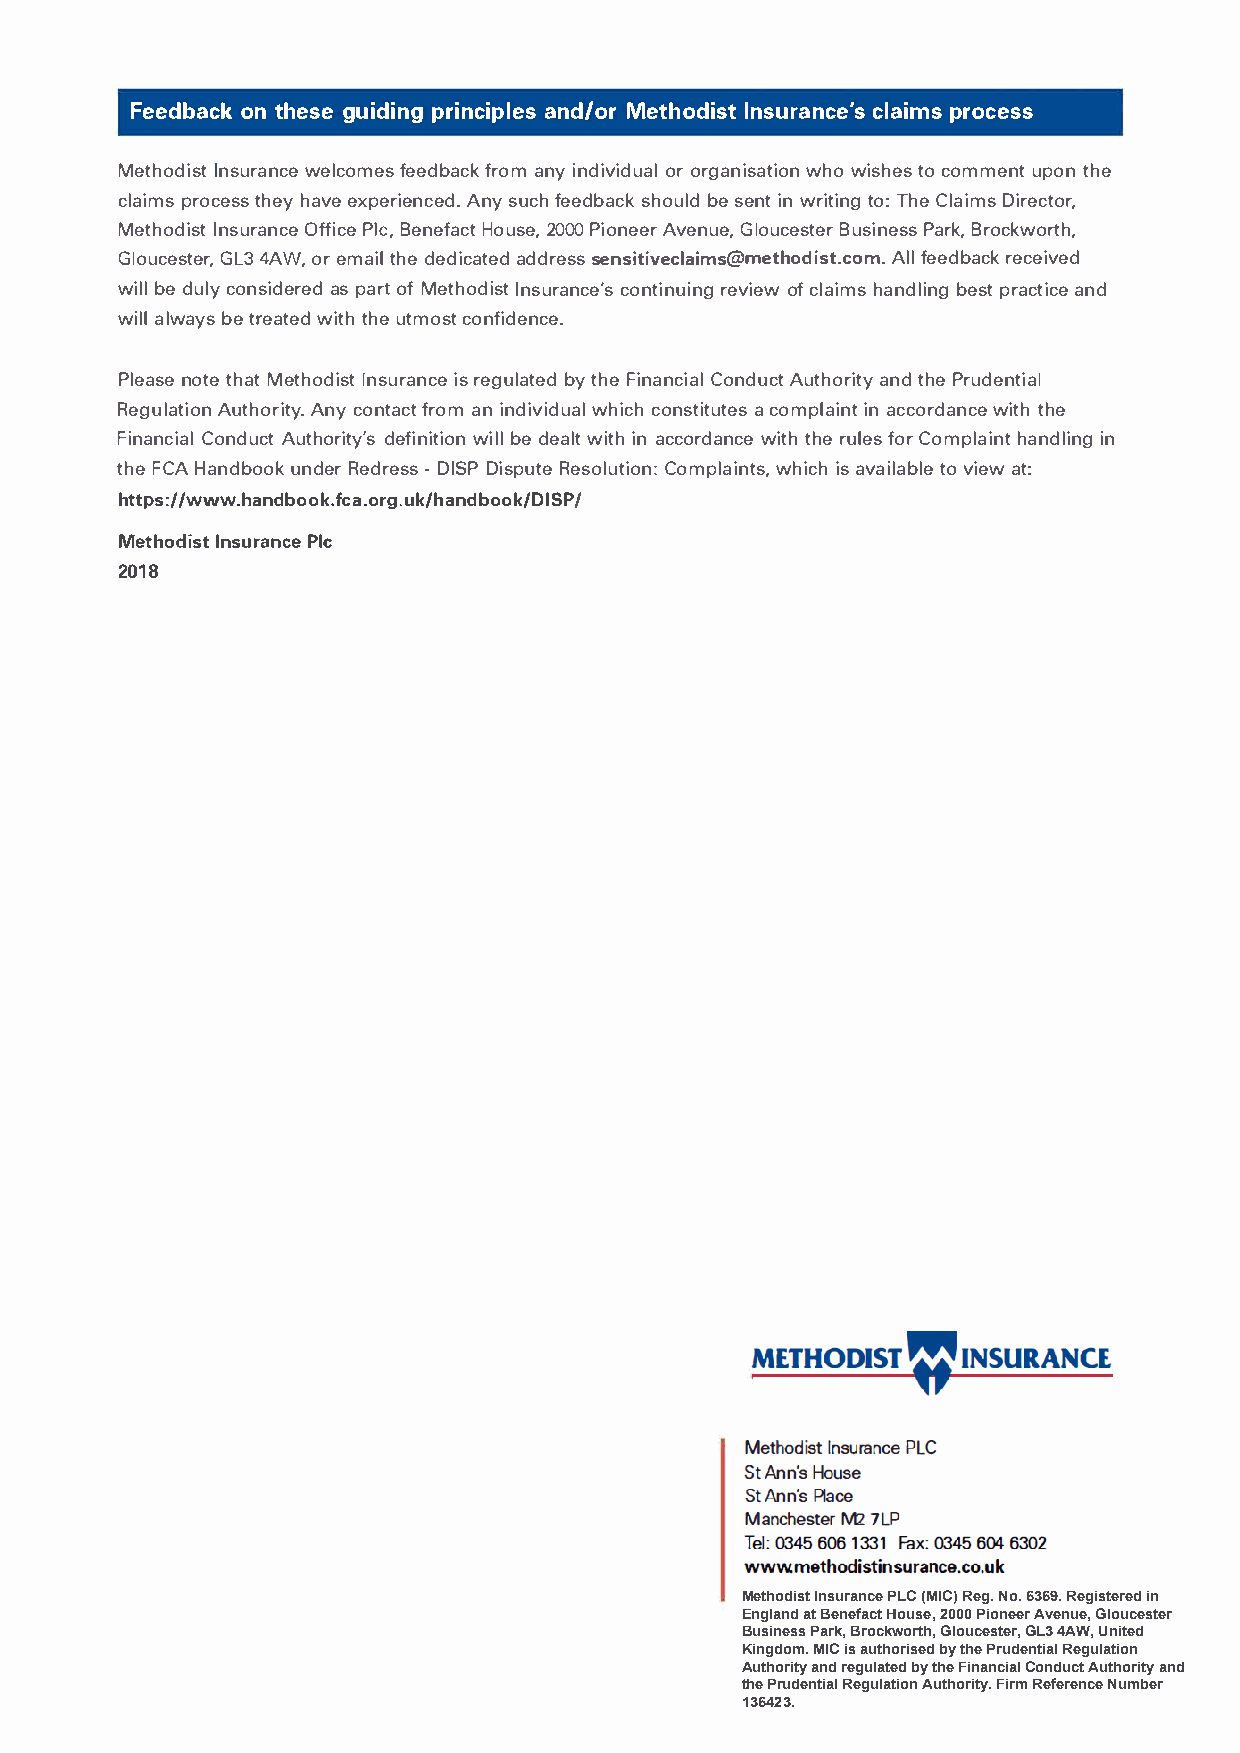
Feedbaocntk h esgeu idipnrgi nciapnlde/sMo ert hodIinsstu rancclea'ipsmr so cess
 Metho dIinsstu rwaenlcceo mfeese dbfarco kam n yi ndiv idouragla nori swahto wi iosnh te ocs o mmeunpto tnh e
 claipmrso ctehseshy a veex perieAnncyse udc.fh e edbsahcoku ble sd e nitnw rittionT:gh eC laiDmisr ector,
 Metho dIinsstu rOafnfc iPec i eeB e,n efact House, 2000 Pioneer Avenue, Gloucester Business Park, Brockworth,
 GloucesteWr,,o reG mLa3ti hl4de Ae dicateds eandsdirteisvss@e cmleatihmos dti. coAml f.l e edback received
 wiblel d ulcyo nsidaes pr aerdot fM ethoIdnissutr acnocnet'isnr ueivniogef cw l aihmasn dlbienspgtr actaincde
 wialllw abyest rea wtiettdhh uet most confidence.
 Pleansoett eh aMte thodIinsstu ria srn ecgeu lbaytt ehdFe i nanCcoinadluA cutt hoarnidtt hyPe r udential
 RegulaAtuitohno Arniytc yo.n tfarcotam n i ndivwihdiucachlo nstiatc uotmepsl iania nctc ord waintctheh e
 Financial   Conduct   Awuitblhel od reiawtliytt' ihsna cdceofridnwaiinttctiheh o r enu lfeosCr o mplahianntd ling in
 thFeC AH andb ouonkd eRre dre-DsIsS DPi sp Ruetseo luCtoimopnl:a wihnitcsih,sa vailta ovb ilee aw t :
 htpts://www.handbogo.ku.kf/chaa.nodrbook/DISP/
 MethodIinsstu raPnicee
 2018
 Methodist Insurance PLC (MIC) Reg. No. 6369. Registered in
 England at Benefact House, 2000 Pioneer Avenue, Gloucester
 Business Park, Brockworth, Gloucester, GL3 4AW, United
 Kingdom. MIC is authorised by the Prudential Regulation
 Authority and regulated by the Financial Conduct Authority and
 the Prudential Regulation Authority. Firm Reference Number
 136423.